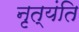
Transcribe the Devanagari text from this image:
नृत्यंति